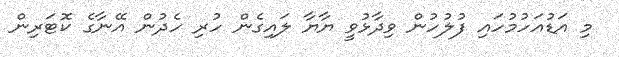
މި އަޑުއަހުމުހައި ފުލުހުން ވިދާޅުވީ ޔާޔާ ލައިގެން ހުރި ހެދުން އޭނާގެ ކޮޓަރިން